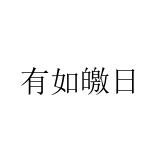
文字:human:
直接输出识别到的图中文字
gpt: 有如皦日